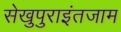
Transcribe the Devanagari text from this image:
सेखुपुराइंतजाम